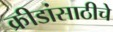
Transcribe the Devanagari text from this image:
क्रीडांसाठीचे